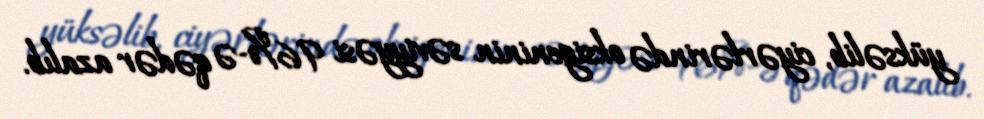
yüksəlib, ciyərlərində oksigeninin səviyyəsi 96%-ə qədər azalıb.